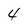
Character: 4